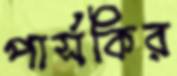
পার্সকির